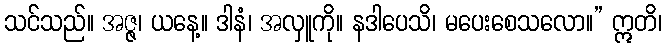
သင်သည်။ အဇ္ဇ၊ ယနေ့။ ဒါနံ၊ အလှူကို။ နဒါပေသိ၊ မပေးစေသလော။” ဣတိ၊